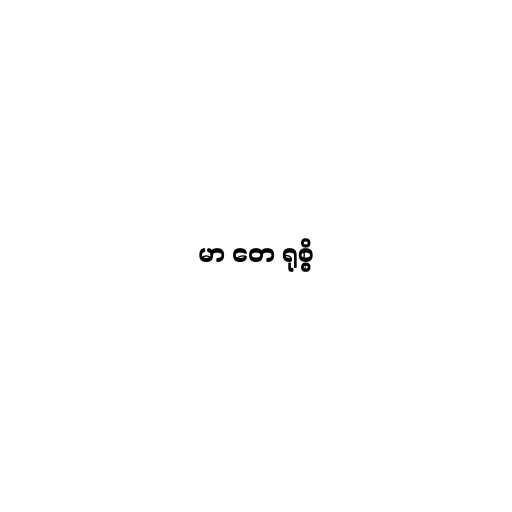
မာ တေ ရုစ္စိ